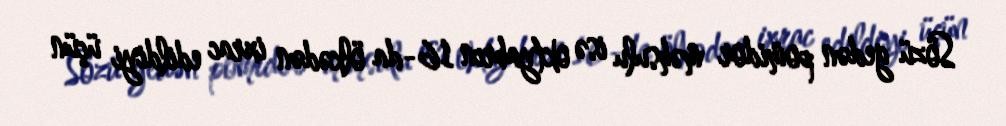
Sözü gedən pomidor məhsulu isə oktyabrın 16-da ölkədən ixrac edildiyi üçün